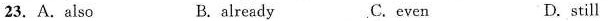
23. A.also B. already C. even D.still